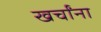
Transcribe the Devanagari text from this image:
खर्चांना